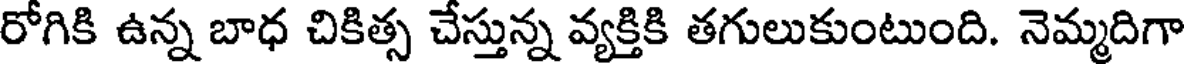
రోగికి ఉన్న బాధ చికిత్స చేస్తున్న వ్యక్తికి తగులుకుంటుంది. నెమ్మదిగా